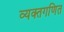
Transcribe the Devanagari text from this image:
व्यक्तगणित